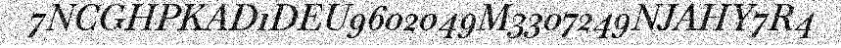
7NCGHPKAD1DEU9602049M3307249NJAHY7R4